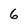
Character: 6